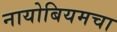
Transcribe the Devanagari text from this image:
नायोबियमचा